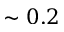
\sim 0 . 2